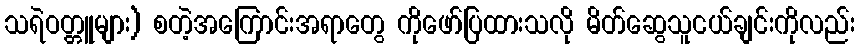
သရဲဝတ္တူများ) စတဲ့အကြောင်းအရာတွေ ကိုဖော်ပြထားသလို မိတ်ဆွေသူငယ်ချင်းကိုလည်း